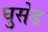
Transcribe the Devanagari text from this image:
घुसेड